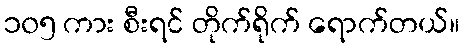
၁၀၅ ကား စီးရင် တိုက်ရိုက် ရောက်တယ်။